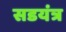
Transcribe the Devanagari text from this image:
सडयंत्र